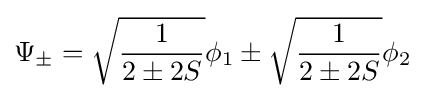
\Psi _{\pm }={\sqrt {\frac {1}{2\pm 2S}}}\phi _{1}\pm {\sqrt {\frac {1}{2\pm 2S}}}\phi _{2}